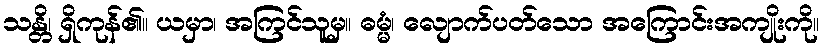
သန္တိ၊ ရှိကုန်၏။ ယမှာ၊ အကြင်သူမှ။ ဓမ္မံ၊ လျောက်ပတ်သော အကြောင်းအကျိုးကို။